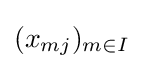
(x_{mj})_{m\in I}